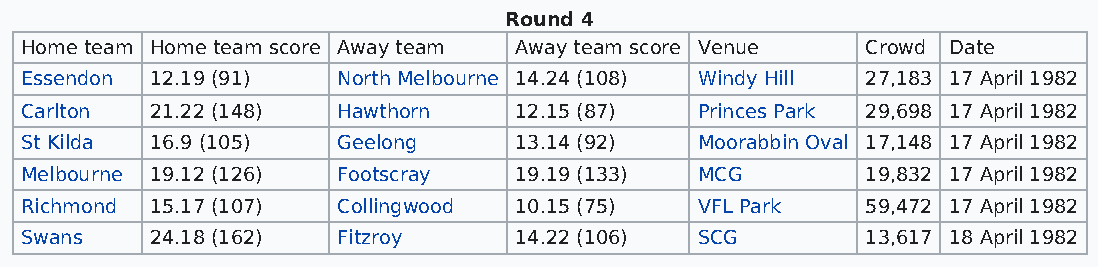
Round 4
 Home team Home team score Away team Away team score Venue Crowd Date
 Essendon 12.19 (91)  North Melbourne 14.24 (108) Windy Hill 27,183 17 April 1982
 Carlton  21.22 (148) Hawthorn    12.15 (87)  Princes Park 29,698 17 April 1982
 St Kilda 16.9 (105)  Geelong     13.14 (92)  Moorabbin Oval 17,148 17 April 1982
 Melbourne 19.12 (126) Footscray  19.19 (133) MCG        19,832 17 April 1982
 Richmond 15.17 (107) Collingwood 10.15 (75)  VFL Park   59,472 17 April 1982
 Swans    24.18 (162) Fitzroy     14.22 (106) SCG        13,617 18 April 1982